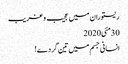
ریستوران میں عجیب و غریب
30مئی2020
انسانی جسم میں تین گردے!